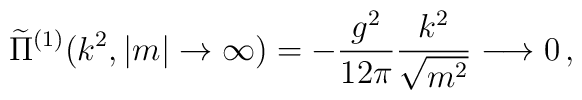
\widetilde{\Pi}^{(1)}( k^{2}, |m|\rightarrow \infty ) =        - \frac{g^{2}}{12\pi}\frac{k^{2}}{\sqrt{m^{2}}} \longrightarrow 0 \, ,